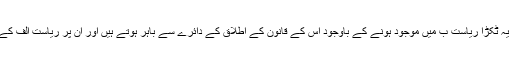
پس یہ سامان اور زمین کا یہ ٹکڑا ریاست ب میں موجود ہونے کے باوجود اس کے قانون کے اطلاق کے دائرے سے باہر ہوتے ہیں اور ان پر ریاست الف کے قانون کا اطلاق ہوتا ہے ۔